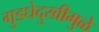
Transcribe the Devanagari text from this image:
गुडघेदुखीमुळे